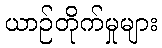
ယာဉ်တိုက်မှုများ